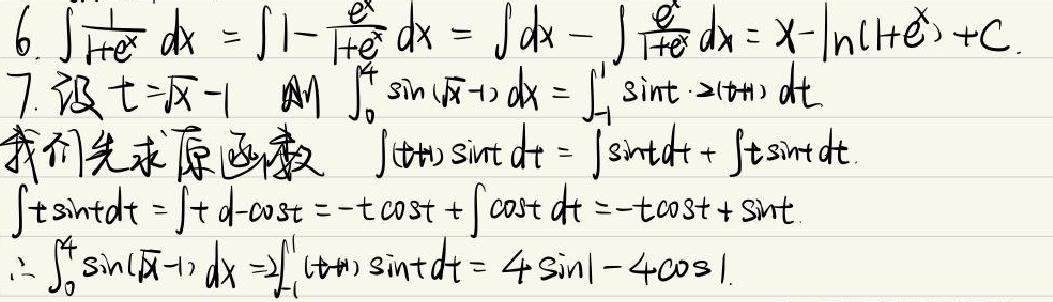
6. \(\int\frac{1}{1 + e^{x}}dx=\int(1-\frac{e^{x}}{1 + e^{x}})dx=\int dx-\int\frac{e^{x}}{1 + e^{x}}dx=x-\ln(1 + e^{x})+C\).
7. 设 \(t=\sqrt{x}-1\)，则 \(\int_{0}^{4}\sin(\sqrt{x}-1)dx=\int_{-1}^{1}\sin t\cdot2(t + 1)dt\).
我们先求原函数 \(\int(t + 1)\sin tdt=\int\sin tdt+\int t\sin tdt\).
\(\int t\sin tdt=\int t d(-\cos t)=-t\cos t+\int\cos tdt=-t\cos t+\sin t\).
\(\therefore\int_{0}^{4}\sin(\sqrt{x}-1)dx = 2\int_{-1}^{1}(t + 1)\sin tdt=4\sin1-4\cos1\).